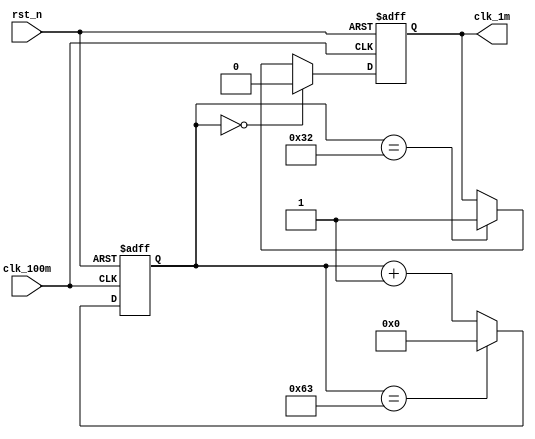
`timescale 1ns / 1ps
//////////////////////////////////////////////////////////////////////////////////
// Company: 
// Engineer: 
// 
// Design Name: 
// Module Name: CLK_1M
// Project Name: 
// Target Devices: 
// Tool Versions: 
// Description: 
// 
// Dependencies: 
// 
// Revision:
// Revision 0.01 - File Created
// Additional Comments:
// 
//////////////////////////////////////////////////////////////////////////////////


module CLK_1M(
output reg clk_1m,
input  clk_100m,
input  rst_n

    );
    reg [31:0] pwm_cnt ;
    always@(posedge clk_100m or negedge rst_n)begin
    if(!rst_n)
        begin 
        
        pwm_cnt <= 32'd0;
        end
        else  if(pwm_cnt == 32'd99) begin pwm_cnt<=0;end
        else    pwm_cnt <= pwm_cnt + 1'b1;
        end 
       always@(posedge clk_100m or negedge rst_n)begin
    if(!rst_n)
        begin 
        clk_1m <= 1'b0;

        end
        else  if(pwm_cnt == 32'd0) clk_1m<= 1'b0;
        else   if(pwm_cnt == 32'd50)clk_1m <= 1'b1;
        end  
        
    
endmodule